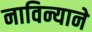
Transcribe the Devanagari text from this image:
नाविन्याने